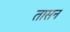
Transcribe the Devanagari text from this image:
तासन